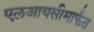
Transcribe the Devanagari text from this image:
एलआयसीमार्फत